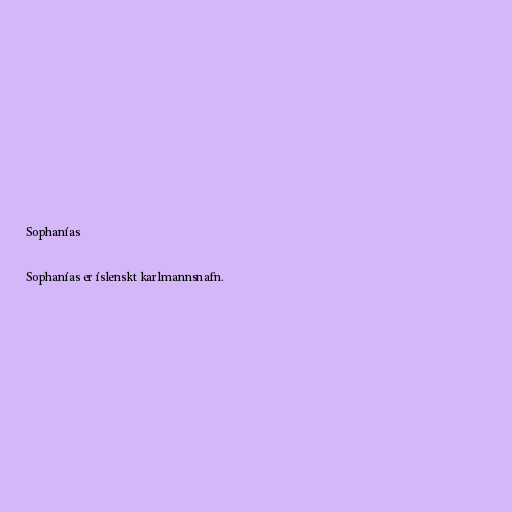
Sophanías

Sophanías er íslenskt karlmannsnafn.